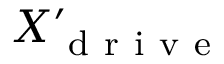
X _ { \mathrm { ~ d ~ r ~ i ~ v ~ e ~ } } ^ { \prime }